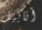
أنابيل